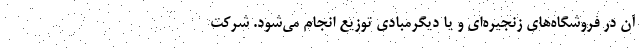
آن در فروشگاه‌هاي زنجيره‌اي و يا ديگرمبادی توزیع انجام مي‌شود. شركت